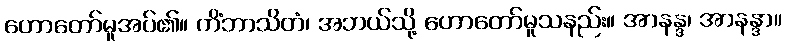
ဟောတော်မူအပ်၏။ ကိံဘာသိတံ၊ အဘယ်သို့ ဟောတော်မူသနည်း။ အာနန္ဒ၊ အာနန္ဒာ။